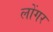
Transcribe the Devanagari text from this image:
लोंगर